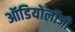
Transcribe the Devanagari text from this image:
ऑडियोलॉजी